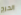
الحرج